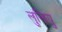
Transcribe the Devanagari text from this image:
लुलियु